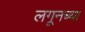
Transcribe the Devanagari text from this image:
लगूनच्या